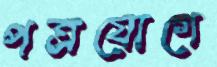
পত্রযোগে